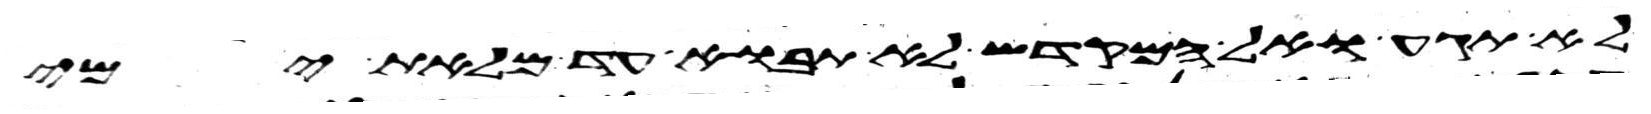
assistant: לא תגע ואל המקדש לא תבוא עד מלאת ימי